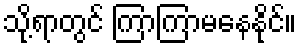
သို့ရာတွင် ကြာကြာမနေနိုင်။